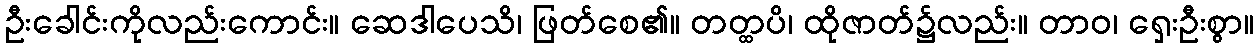
ဦးခေါင်းကိုလည်းကောင်း။ ဆေဒါပေသိ၊ ဖြတ်စေ၏။ တတ္ထပိ၊ ထိုဇာတ်၌လည်း။ တာဝ၊ ရှေးဦးစွာ။